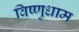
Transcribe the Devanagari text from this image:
विष्णुधाम